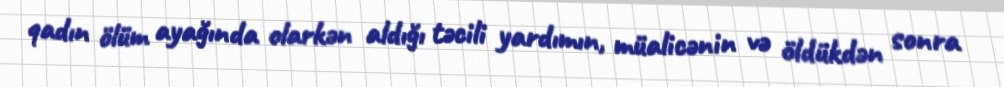
qadın ölüm ayağında olarkən aldığı təcili yardımın, müalicənin və öldükdən sonra